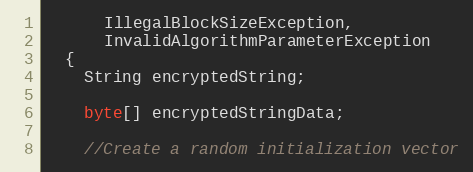
Language: Java
      IllegalBlockSizeException,
      InvalidAlgorithmParameterException
  {
    String encryptedString;

    byte[] encryptedStringData;

    //Create a random initialization vector